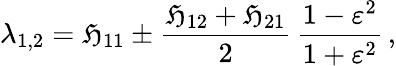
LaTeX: \lambda_{1,2}=\mathfrak{H}_{11}\pm\frac{{\mathfrak{H}_{12}+\mathfrak{H}_{21}}}{{2}}\, \frac{{1-\varepsilon^{2}}}{{1+\varepsilon^{2}}}\, ,